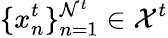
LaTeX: \{ x_{n}^{t}\} _{n=1}^{\mathcal{N}^{t}}\in\mathcal{{X}}^{t}